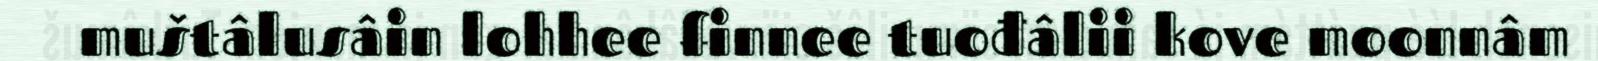
muštâlusâin lohhee finnee tuođâlii kove moonnâm